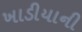
ખાડીયાની